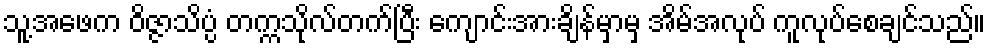
သူ့အဖေက ဝိဇ္ဇာသိပ္ပံ တက္ကသိုလ်တက်ပြီး ကျောင်းအားချိန်မှာမှ အိမ်အလုပ် ကူလုပ်စေချင်သည်။